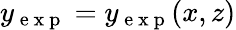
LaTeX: y_{\mathrm{~e~x~p~}}=y_{\mathrm{~e~x~p~}}(x,z)